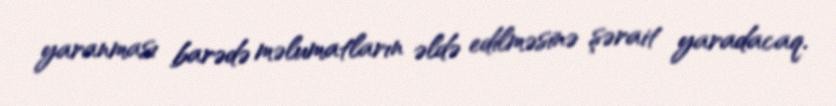
yaranması barədə məlumatların əldə edilməsinə şərait yaradacaq.